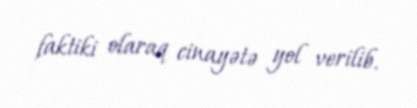
faktiki olaraq cinayətə yol verilib.